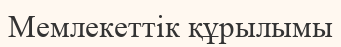
Мемлекеттік құрылымы